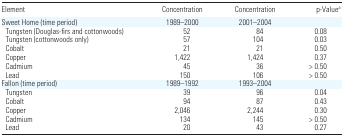
<table><thead><tr><td><b>Element</b></td><td><b>Concentration</b></td><td><b>Concentration</b></td><td><b><i>p</i>-Valuea</b></td></tr></thead><tbody><tr><td>Sweet Home (time period)</td><td>1989–2000</td><td>2001–2004</td><td></td></tr><tr><td> Tungsten (Douglas-firs and cottonwoods)</td><td>52</td><td>84</td><td>0.08</td></tr><tr><td> Tungsten (cottonwoods only)</td><td>57</td><td>104</td><td>0.03</td></tr><tr><td> Cobalt</td><td>21</td><td>21</td><td>0.50</td></tr><tr><td> Copper</td><td>1,422</td><td>1,424</td><td>0.37</td></tr><tr><td> Cadmium</td><td>45</td><td>36</td><td>&gt; 0.50</td></tr><tr><td> Lead</td><td>150</td><td>106</td><td>&gt; 0.50</td></tr><tr><td>Fallon (time period)</td><td>1989–1992</td><td>1993–2004</td><td></td></tr><tr><td> Tungsten</td><td>39</td><td>96</td><td>0.04</td></tr><tr><td> Cobalt</td><td>94</td><td>87</td><td>0.43</td></tr><tr><td> Copper</td><td>2,046</td><td>2,244</td><td>0.30</td></tr><tr><td> Cadmium</td><td>134</td><td>145</td><td>&gt; 0.50</td></tr><tr><td> Lead</td><td>20</td><td>43</td><td>0.27</td></tr></tbody></table>